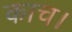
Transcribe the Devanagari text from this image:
काच।